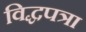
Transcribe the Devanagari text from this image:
विद्धपत्रा